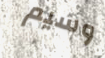
وسيم